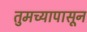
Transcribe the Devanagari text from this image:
तुमच्यापासून